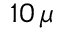
1 0 \, \mu